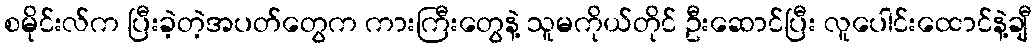
စမိုင်းလ်က ပြီးခဲ့တဲ့အပတ်တွေက ကားကြီးတွေနဲ့ သူမကိုယ်တိုင် ဦးဆောင်ပြီး လူပေါင်းထောင်နဲ့ချီ